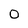
Character: 0